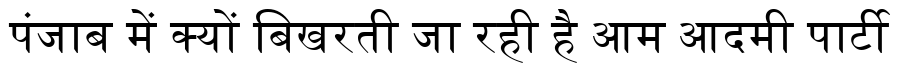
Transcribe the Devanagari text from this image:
पंजाब में क्यों बिखरती जा रही है आम आदमी पार्टी